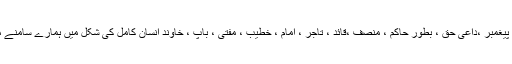
آپ بحیثیت پیغمبر ،داعی حق ، بطور حاکم ، منصف ،قائد ، تاجر ، امام ، خطیب ، مفتی ، باپ ، خاوند انسان کامل کی شکل میں ہمارے سامنے موجود ہیں۔